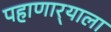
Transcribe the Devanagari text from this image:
पहाणार्‍याला